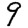
Digit: 9